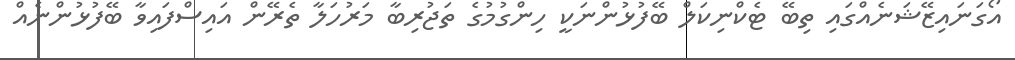
އޯގަނައިޒޭޝަނެއްގައި ތިބޭ ޓެކްނިކަލް ބޭފުޅުންނަކީ ހިންގުމުގެ ތަޖުރިބާ މަރުހަލާ ތެރޭން އައިސްފައިވާ ބޭފުޅުންނެއް